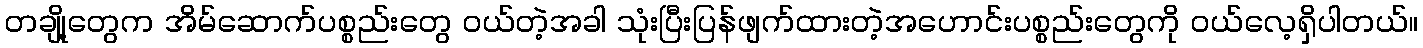
တချို့တွေက အိမ်ဆောက်ပစ္စည်းတွေ ဝယ်တဲ့အခါ သုံးပြီးပြန်ဖျက်ထားတဲ့အဟောင်းပစ္စည်းတွေကို ဝယ်လေ့ရှိပါတယ်။